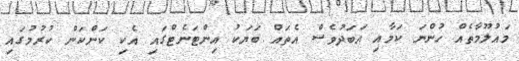
މައުލޫމާތެއް ހުންނަ ކަމާއި އަބަދުވެސް އެތައް ބަޔަކު އިންޓަނެޓްގައި އެކި ކަންކަން ކުރުމުގައި